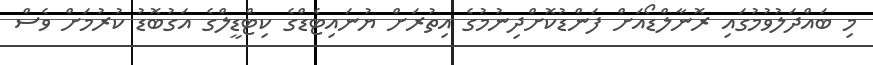
މި ބައްދަލުވުމުގައި ރޮނާލްޑޯއަށް ފަންޑުކޮށްދިނުމުގެ އިތުރަށް ޔުނައިޓެޑްގެ ކިޓްޑީލްގެ އަގުބޮޑު ކުރުމަށް ވެސް